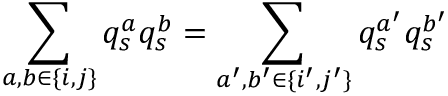
\sum _ { a , b \in \{ i , j \} } q _ { s } ^ { a } q _ { s } ^ { b } = \sum _ { a ^ { \prime } , b ^ { \prime } \in \{ i ^ { \prime } , j ^ { \prime } \} } q _ { s } ^ { a ^ { \prime } } q _ { s } ^ { b ^ { \prime } }